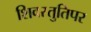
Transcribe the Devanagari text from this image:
शिवस्तुतिपर